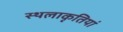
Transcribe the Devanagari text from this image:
स्थलाकृतियां